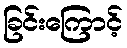
ခြင်းကြောင့်